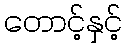
တောင့်နှင့်